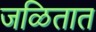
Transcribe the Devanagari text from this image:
जळितात